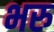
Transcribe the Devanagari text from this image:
भरु